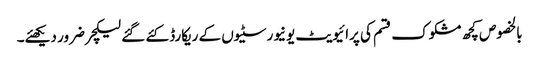
بالخصوص کچھ مشکوک قسم کی پرائیویٹ یونیورسٹیوں کے ریکارڈ کئے گئے لیکچر ضرور دیکھئے۔